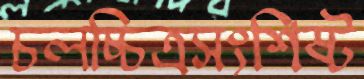
চলচ্চিত্রসংশিষ্ট